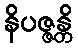
နိပဇ္ဇန္တိ